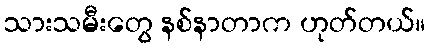
သားသမီးတွေ နစ်နာတာက ဟုတ်တယ်။